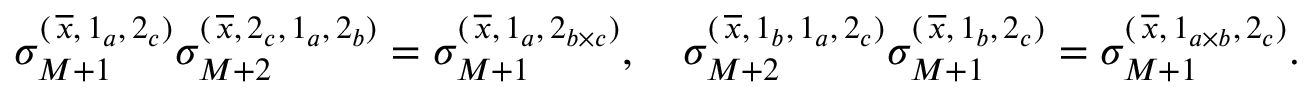
\sigma _ { M + 1 } ^ { ( \, \overline { x } , \, 1 _ { a } , \, 2 _ { c } ) } \sigma _ { M + 2 } ^ { ( \, \overline { x } , \, 2 _ { c } , \, 1 _ { a } , \, 2 _ { b } ) } = \sigma _ { M + 1 } ^ { ( \, \overline { x } , \, 1 _ { a } , \, 2 _ { b \times c } ) } , \quad \sigma _ { M + 2 } ^ { ( \, \overline { x } , \, 1 _ { b } , \, 1 _ { a } , \, 2 _ { c } ) } \sigma _ { M + 1 } ^ { ( \, \overline { x } , \, 1 _ { b } , \, 2 _ { c } ) } = \sigma _ { M + 1 } ^ { ( \, \overline { x } , \, 1 _ { a \times b } , \, 2 _ { c } ) } .